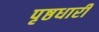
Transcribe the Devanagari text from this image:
पृष्ठधारी